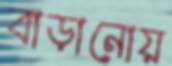
বাড়ানোয়